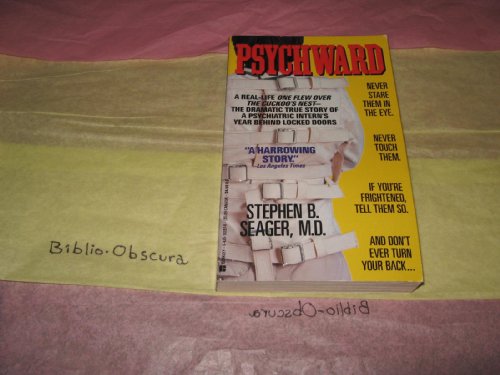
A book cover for Psychward; Stephen B. Seager; Health, Fitness & Dieting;